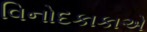
વિનોદકાકાએ